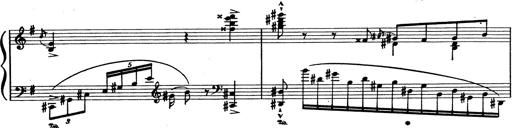
Title: Grosses Konzertsolo
Composer: Franz Liszt